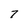
Character: 7